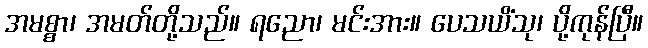
အမစ္စာ၊ အမတ်တို့သည်။ ရညော၊ မင်းအား။ ပေသယိံသု၊ ပို့ကုန်ပြီ။